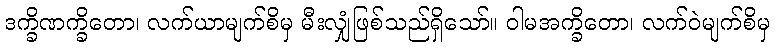
ဒက္ခိဏက္ခိတော၊ လက်ယာမျက်စိမှ မီးလျှံဖြစ်သည်ရှိသော်။ ဝါမအက္ခိတော၊ လက်ဝဲမျက်စိမှ